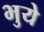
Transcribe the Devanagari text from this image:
भुये